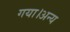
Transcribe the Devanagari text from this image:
गया।अन्य